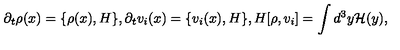
\partial _ { t } \rho ( x ) = \{ \rho ( x ) , H \} , \partial _ { t } v _ { i } ( x ) = \{ v _ { i } ( x ) , H \} , H [ \rho , v _ { i } ] = \int d ^ { 3 } y { \cal H } ( y ) ,